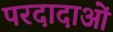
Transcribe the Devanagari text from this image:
परदादाओं